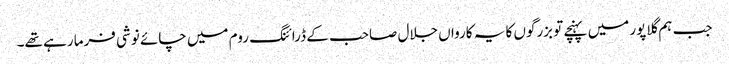
جب ہم گلاپور میں پہنچے تو بزرگوں کا یہ کارواں جلال صاحب کے ڈرائنگ روم میں چائے نوشی فرما رہے تھے۔